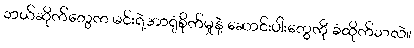
ဘယ်ဆိုက်တွေက မင်းရဲ့အာရုံစိုက်မှုနဲ့ ဆောင်းပါးတွေကို ခံထိုက်သလဲ။